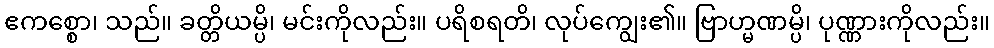
ဧကစ္စော၊ သည်။ ခတ္တိယမ္ပိ၊ မင်းကိုလည်း။ ပရိစရတိ၊ လုပ်ကျွေး၏။ ဗြာဟ္မဏမ္ပိ၊ ပုဏ္ဏားကိုလည်း။